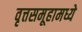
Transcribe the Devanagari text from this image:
वृत्तसमूहामध्ये